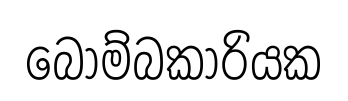
බෝම්බකාරියක